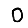
Digit: 0